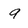
Character: 9